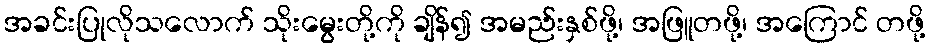
အခင်းပြုလိုသလောက် သိုးမွေးတို့ကို ချိန်၍ အမည်းနှစ်ဖို့၊ အဖြူတဖို့၊ အကြောင် တဖို့